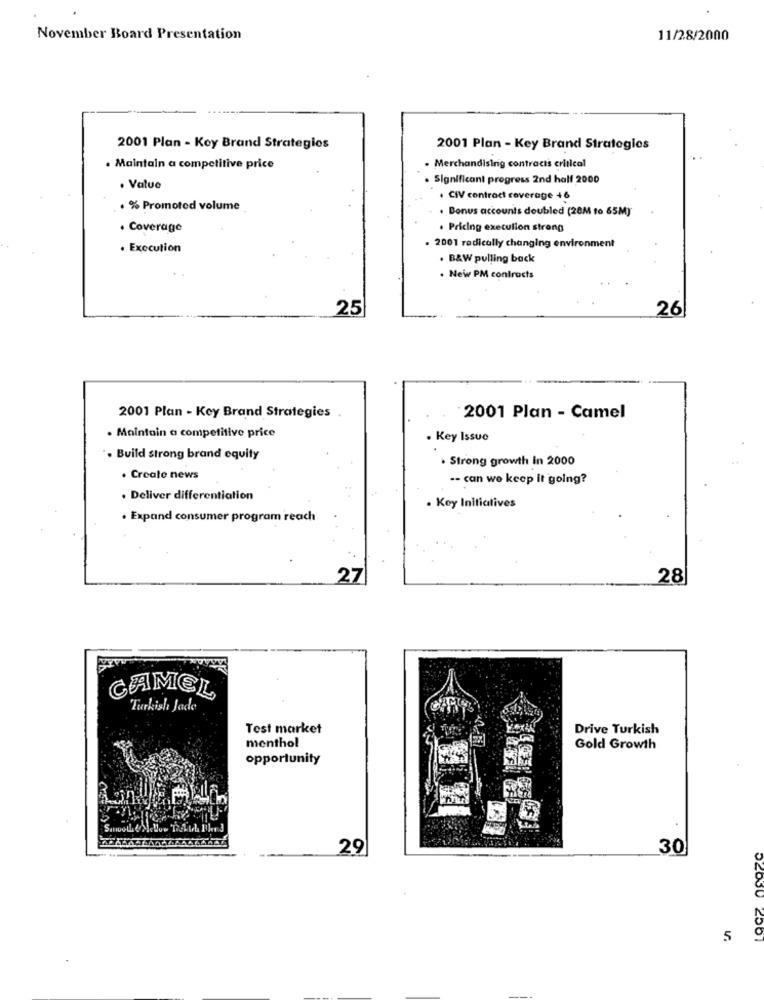
November Board Presentation
11/28/2000
2001 Plan - Key Brand Strategios
2001 Plan - Key Brand Strategies
. Maintain a competitive price
. Merchandising contracis critical
. Significant progress 2nd half 2000
. Value
. CIV contract coverage +6
+ % Promoted volume
. Bonus accounts doubled (28M to 65M)
. Coverage
. Pricing execution strong
. Execution
. 2001 radically changing environment
. B&W pulling back
. Neww PM contracts
25
26
2001 Plan - Key Brand Strategies .
2001 Plan - Camel
. Maintain a competitive price
. Key Issue
. Build strong brand equity
. Strong growth In 2000
. Create news
-- can we keep it going?
. Deliver differentiation
. Key Initiatives
. Expand consumer program reach
27
28
CAMEL
Turkish Jade
Test market
Drive Turkish
menthol
Gold Growth
opportunity
29
30
5